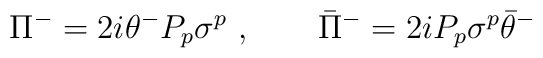
\Pi^- = 2i \theta^- P_p\sigma^p \ ,\qquad  \bar \Pi^- = 2i P_p  \sigma^p \bar\theta^-